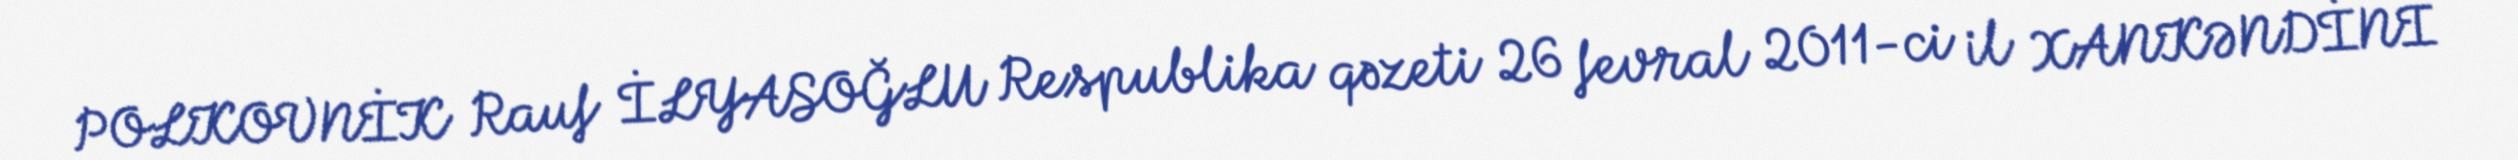
POLKOVNİK Rauf İLYASOĞLU Respublika qəzeti 26 fevral 2011-ci il XANKƏNDİNİ